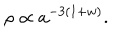
\rho \propto a ^ { - 3 ( 1 + w ) } .